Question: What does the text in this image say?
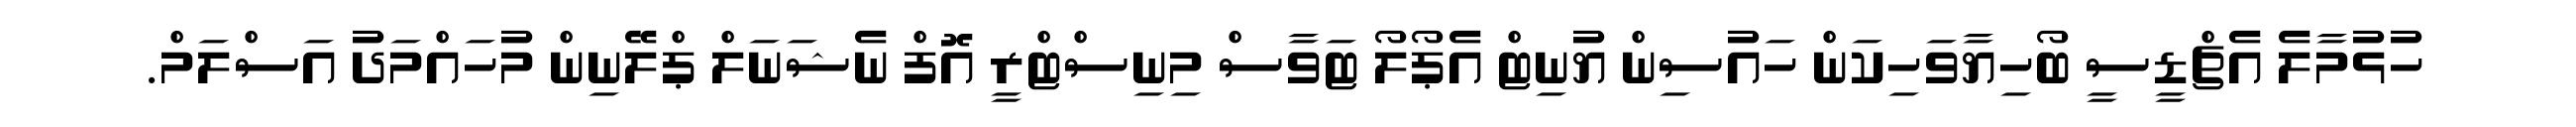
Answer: ހުޅުމާލެ އެޗްޑީސީ ބޯހިޔާވަހިކަން ހައުސިން ޔުނިޓް އެޕޯލޯ ޓަވާސް މިނިސްޓްރީ އޮފް ނެޝަނަލް ޕްލޭނިން މުހައްމަދު އަސްލަމް.